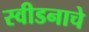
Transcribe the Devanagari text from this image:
स्वीडनाचे